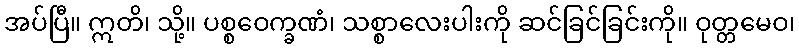
အပ်ပြီ။ ဣတိ၊ သို့။ ပစ္စဝေက္ခဏံ၊ သစ္စာလေးပါးကို ဆင်ခြင်ခြင်းကို။ ဝုတ္တမေဝ၊